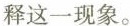
释这一现象。